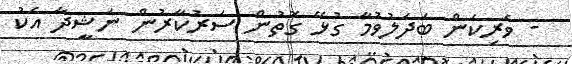
- ވެރިކަން ބަދަލުވުމާ ގުޅޭ ގޮތުން ސަރުކާރުން ނަޝީދާ އެކު